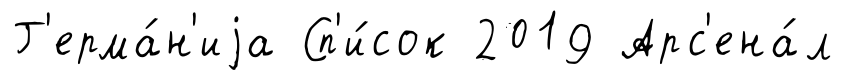
Г'ерма́н'иjа Сп'и́сок 2019 Арс'ена́л